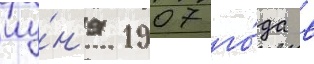
иу́н'я 1907 го́да в